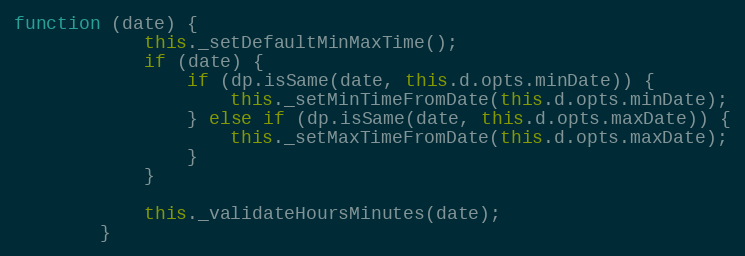
Language: JavaScript
function (date) {
            this._setDefaultMinMaxTime();
            if (date) {
                if (dp.isSame(date, this.d.opts.minDate)) {
                    this._setMinTimeFromDate(this.d.opts.minDate);
                } else if (dp.isSame(date, this.d.opts.maxDate)) {
                    this._setMaxTimeFromDate(this.d.opts.maxDate);
                }
            }

            this._validateHoursMinutes(date);
        }